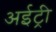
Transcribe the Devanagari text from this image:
अईट्री